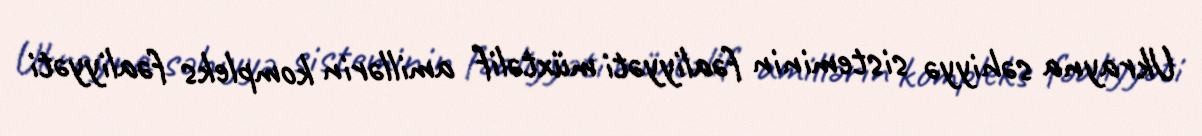
Ukrayna səhiyyə sisteminin fəaliyyəti müxtəlif amillərin kompleks fəaliyyəti